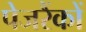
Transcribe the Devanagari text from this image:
पेजरैंकों